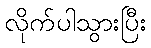
လိုက်ပါသွားပြီး